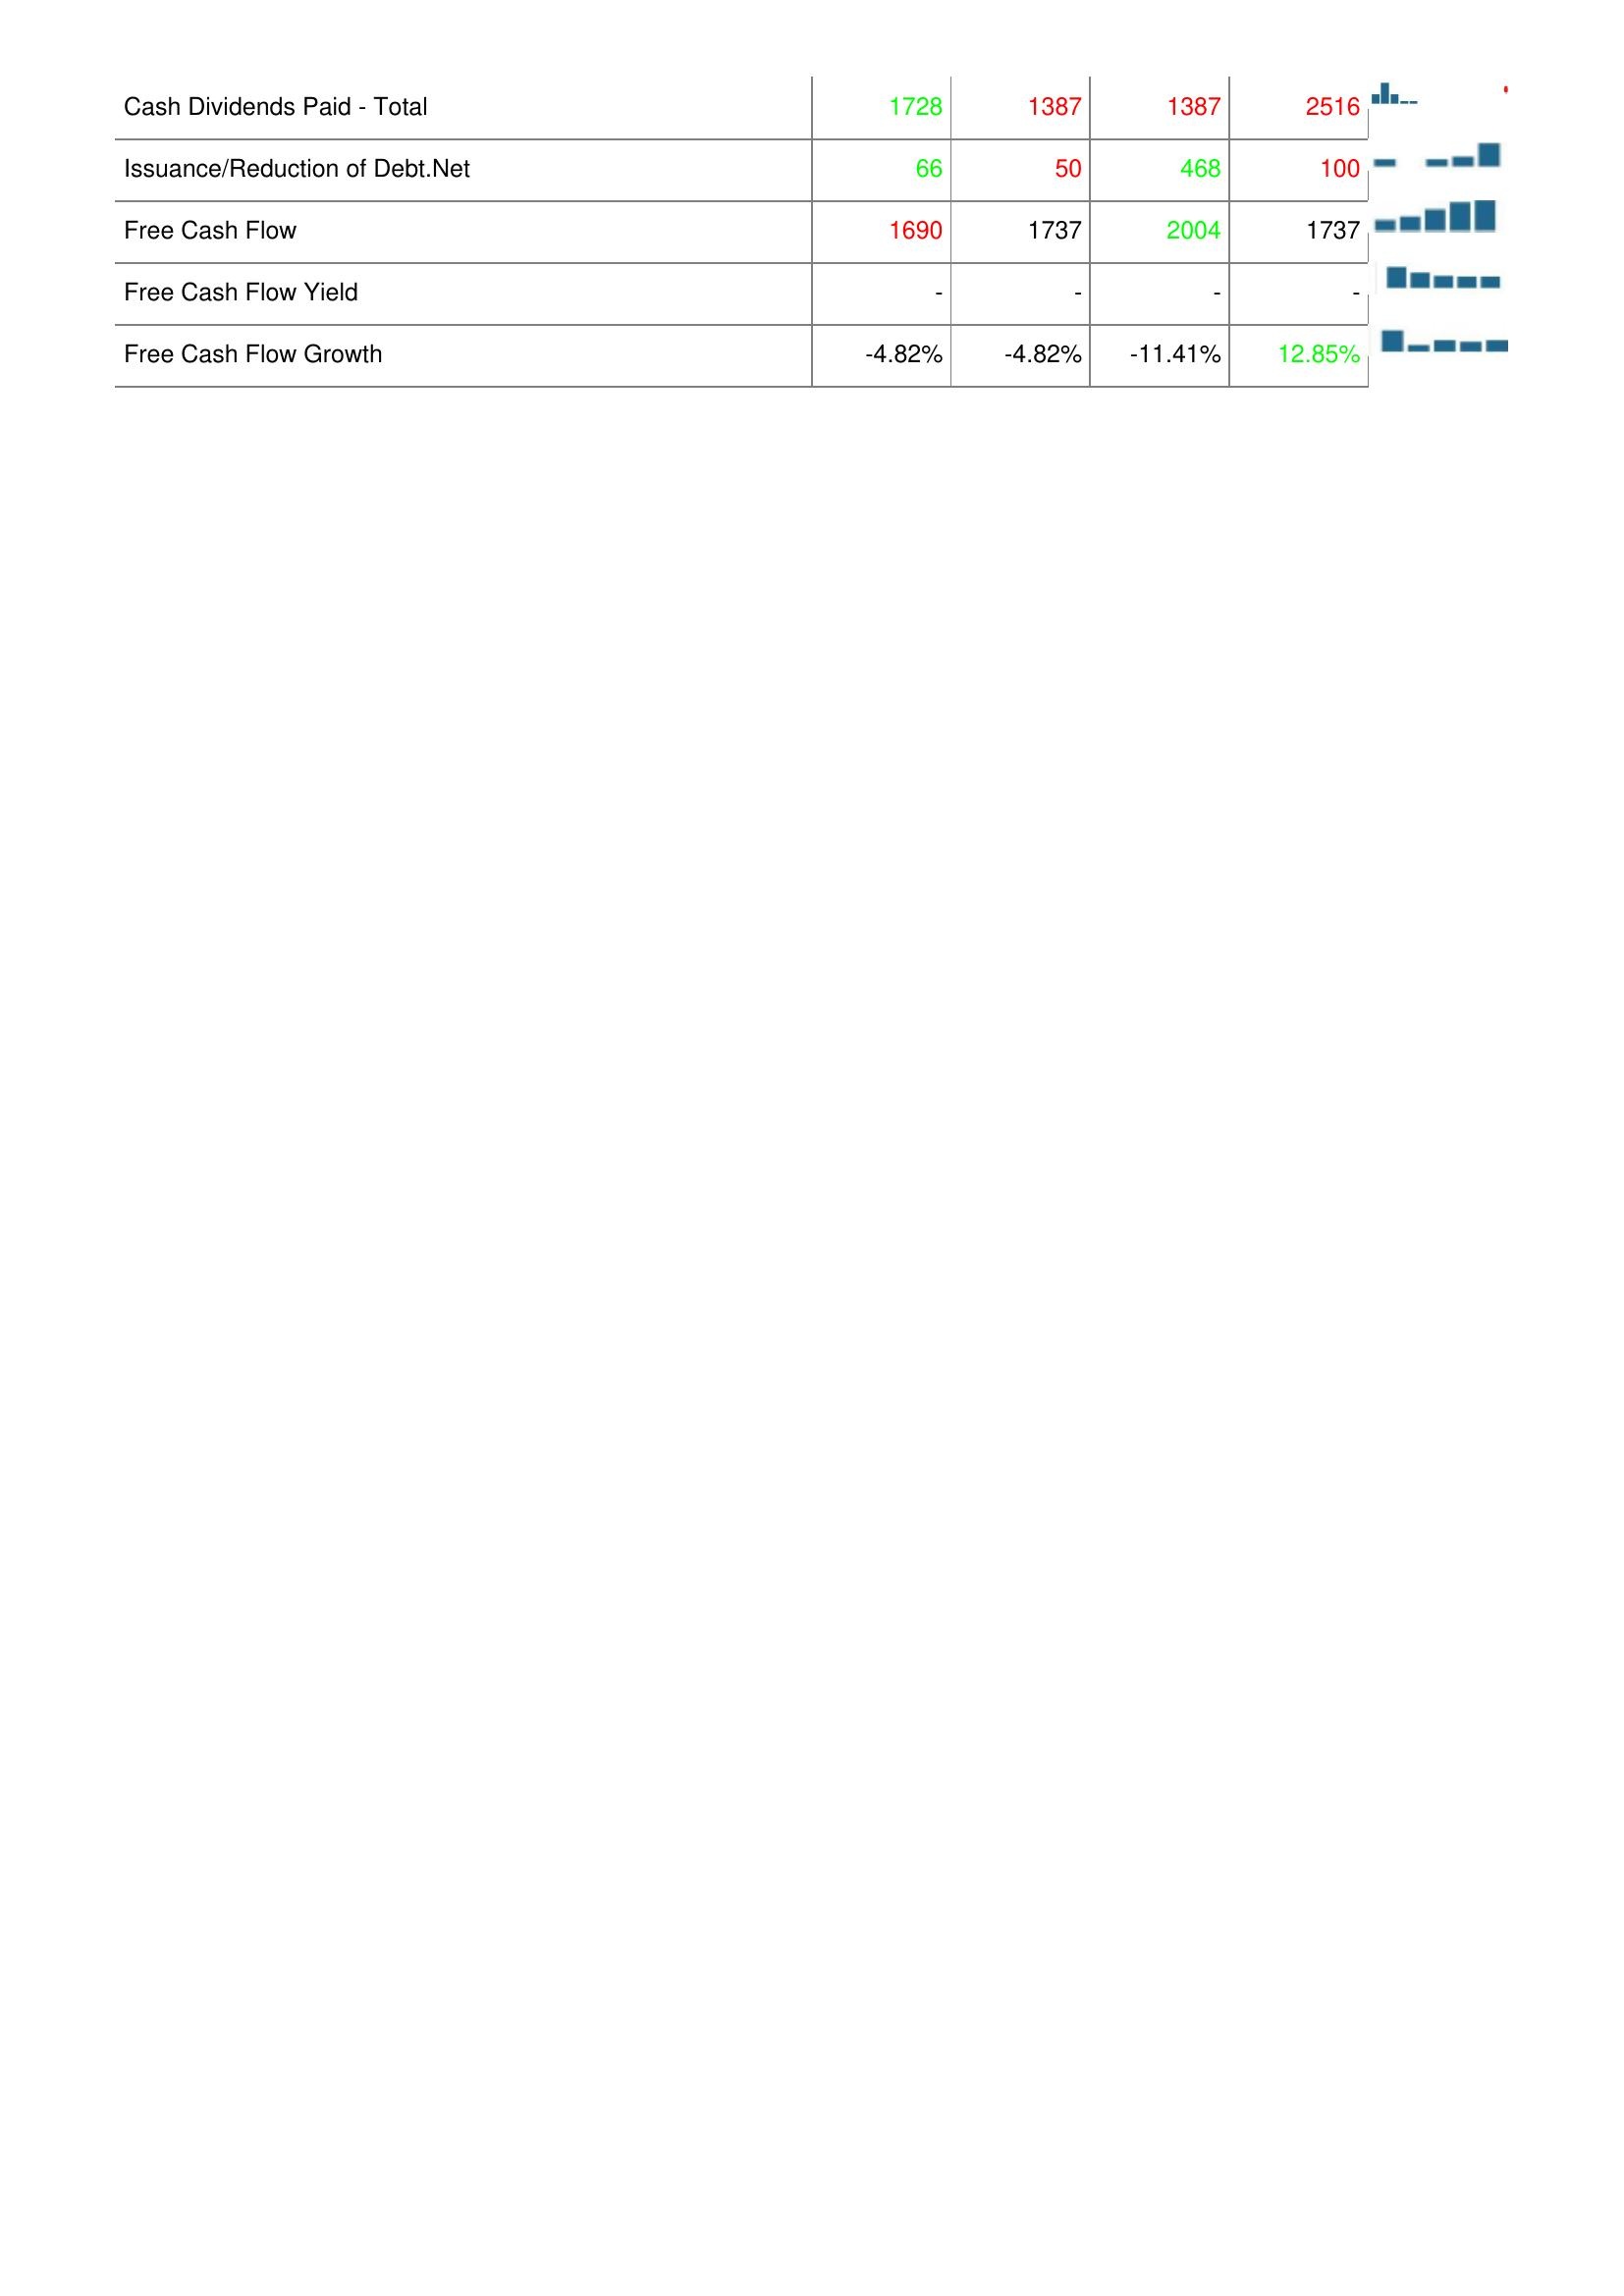
2008: Financing Activities: Cash Dividends Paid - Total: 1728
Issuance/Reduction of Debt.Net: 66
Free Cash Flow: 1690
Free Cash Flow Yield: -
Free Cash Flow Growth: -4.82%
2009: Financing Activities: Cash Dividends Paid - Total: 1387
Issuance/Reduction of Debt.Net: 50
Free Cash Flow: 1737
Free Cash Flow Yield: -
Free Cash Flow Growth: -4.82%
2010: Financing Activities: Cash Dividends Paid - Total: 1387
Issuance/Reduction of Debt.Net: 468
Free Cash Flow: 2004
Free Cash Flow Yield: -
Free Cash Flow Growth: -11.41%
2011: Financing Activities: Cash Dividends Paid - Total: 2516
Issuance/Reduction of Debt.Net: 100
Free Cash Flow: 1737
Free Cash Flow Yield: -
Free Cash Flow Growth: 12.85%